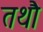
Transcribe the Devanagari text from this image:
तथौ